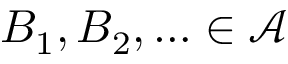
B _ { 1 } , B _ { 2 } , \ldots \in { \mathcal { A } }